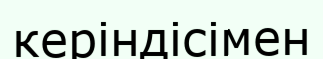
керіндісімен